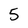
Character: 5